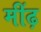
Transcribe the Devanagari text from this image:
मींढ़